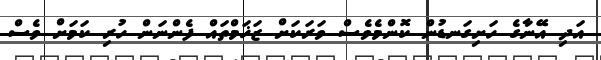
އަދި އޭނާގެ ހަށިގަނޑުން ކޮންމެވެސް ވަރަކަށް ޒަޚަމްތައް ފެންނަން ހުރި ކަމަށް ވެސް